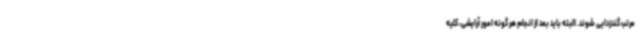
مرتب گندزدایی شوند. البته باید بعد از انجام هر گونه امور آرایشی، کلیه